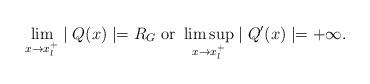
LaTeX: \begin{align*} \lim_{x \rightarrow x_l^+} \mid Q(x) \mid=R_G \mbox{ or } \limsup_{x \rightarrow x_l^+} \mid Q^{\prime}(x) \mid=+\infty.\end{align*}